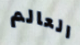
العالم